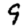
Digit: 9